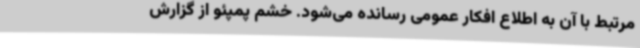
مرتبط با آن به اطلاع افکار عمومی رسانده می‌شود. خشم پمپئو از گزارش